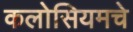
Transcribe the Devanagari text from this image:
कलोसियमचे